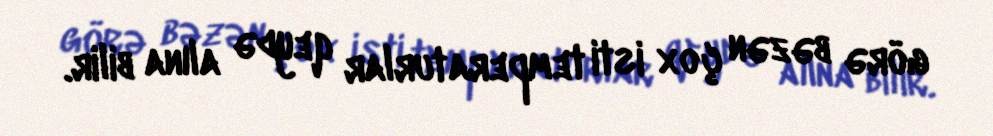
görə bəzən çox isti temperaturlar qeydə alına bilir.